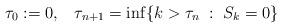
LaTeX: \begin{align*}\tau_0 :=0, \;\;\; \tau_{n+1}= \inf\{ k> \tau_n \; : \; S_k =0\}\end{align*}